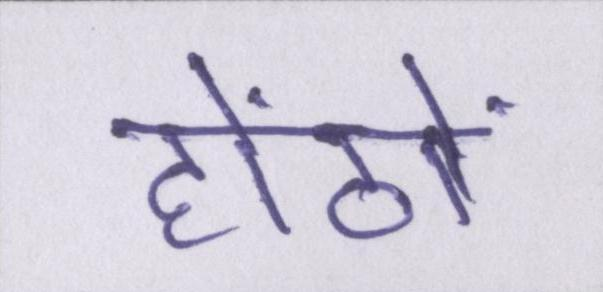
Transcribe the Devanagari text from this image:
होंठों